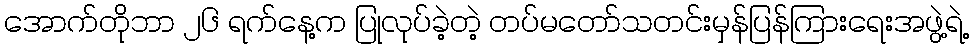
အောက်တိုဘာ ၂၆ ရက်နေ့က ပြုလုပ်ခဲ့တဲ့ တပ်မတော်သတင်းမှန်ပြန်ကြားရေးအဖွဲ့ရဲ့